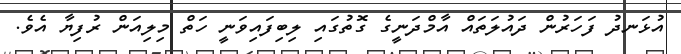
އުޅަނދު ފަހަރުން ދައުލަތައް އާމްދަނީގެ ގޮތުގައި ލިބިފައިވަނީ ހަތް މިލިއަން ރުފިޔާ އެވެ.